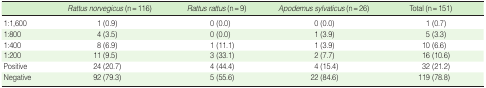
<table><thead><tr><td></td><td><b><i>Rattus norvegicus </i>(n = 116)</b></td><td><b><i>Rattus rattus</i> (n = 9)</b></td><td><b><i>Apodemus sylvaticus </i>(n = 26)</b></td><td><b>Total (n = 151)</b></td></tr></thead><tbody><tr><td>1:1,600</td><td>1 (0.9)</td><td>0 (0.0)</td><td>0 (0.0)</td><td>1 (0.7)</td></tr><tr><td>1:800</td><td>4 (3.5)</td><td>0 (0.0)</td><td>1 (3.9)</td><td>5 (3.3)</td></tr><tr><td>1:400</td><td>8 (6.9)</td><td>1 (11.1)</td><td>1 (3.9)</td><td>10 (6.6)</td></tr><tr><td>1:200</td><td>11 (9.5)</td><td>3 (33.1)</td><td>2 (7.7)</td><td>16 (10.6)</td></tr><tr><td>Positive</td><td>24 (20.7)</td><td>4 (44.4)</td><td>4 (15.4)</td><td>32 (21.2)</td></tr><tr><td>Negative</td><td>92 (79.3)</td><td>5 (55.6)</td><td>22 (84.6)</td><td>119 (78.8)</td></tr></tbody></table>